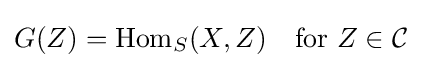
G(Z)=\operatorname {Hom} _{S}(X,Z)\quad {\text{for }}Z\in {\mathcal {C}}